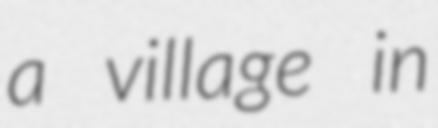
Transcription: a village in